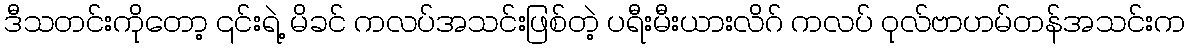
ဒီသတင်းကိုတော့ ၎င်းရဲ့ မိခင် ကလပ်အသင်းဖြစ်တဲ့ ပရီးမီးယားလိဂ် ကလပ် ဝုလ်ဗာဟမ်တန်အသင်းက